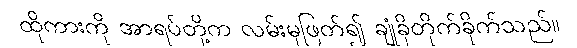
ထိုကားကို အာရပ်တို့က လမ်းမှဖြတ်၍ ချုံခိုတိုက်ခိုက်သည်။